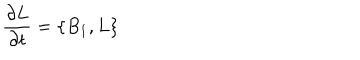
LaTeX: { \frac { \partial L } { \partial t } } = \{ B _ { 1 } , L \}